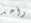
وأحد